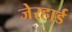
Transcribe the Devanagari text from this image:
जेरहार्ड